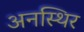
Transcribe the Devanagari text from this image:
अनस्थिर